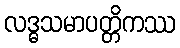
လဒ္ဓသမာပတ္တိကဿ